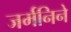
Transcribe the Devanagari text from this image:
जर्मनिने